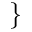
\}